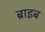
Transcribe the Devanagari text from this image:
ब्राइब